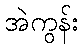
အဲကွန်း